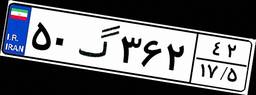
۷۱گ۸۶۴۳۳